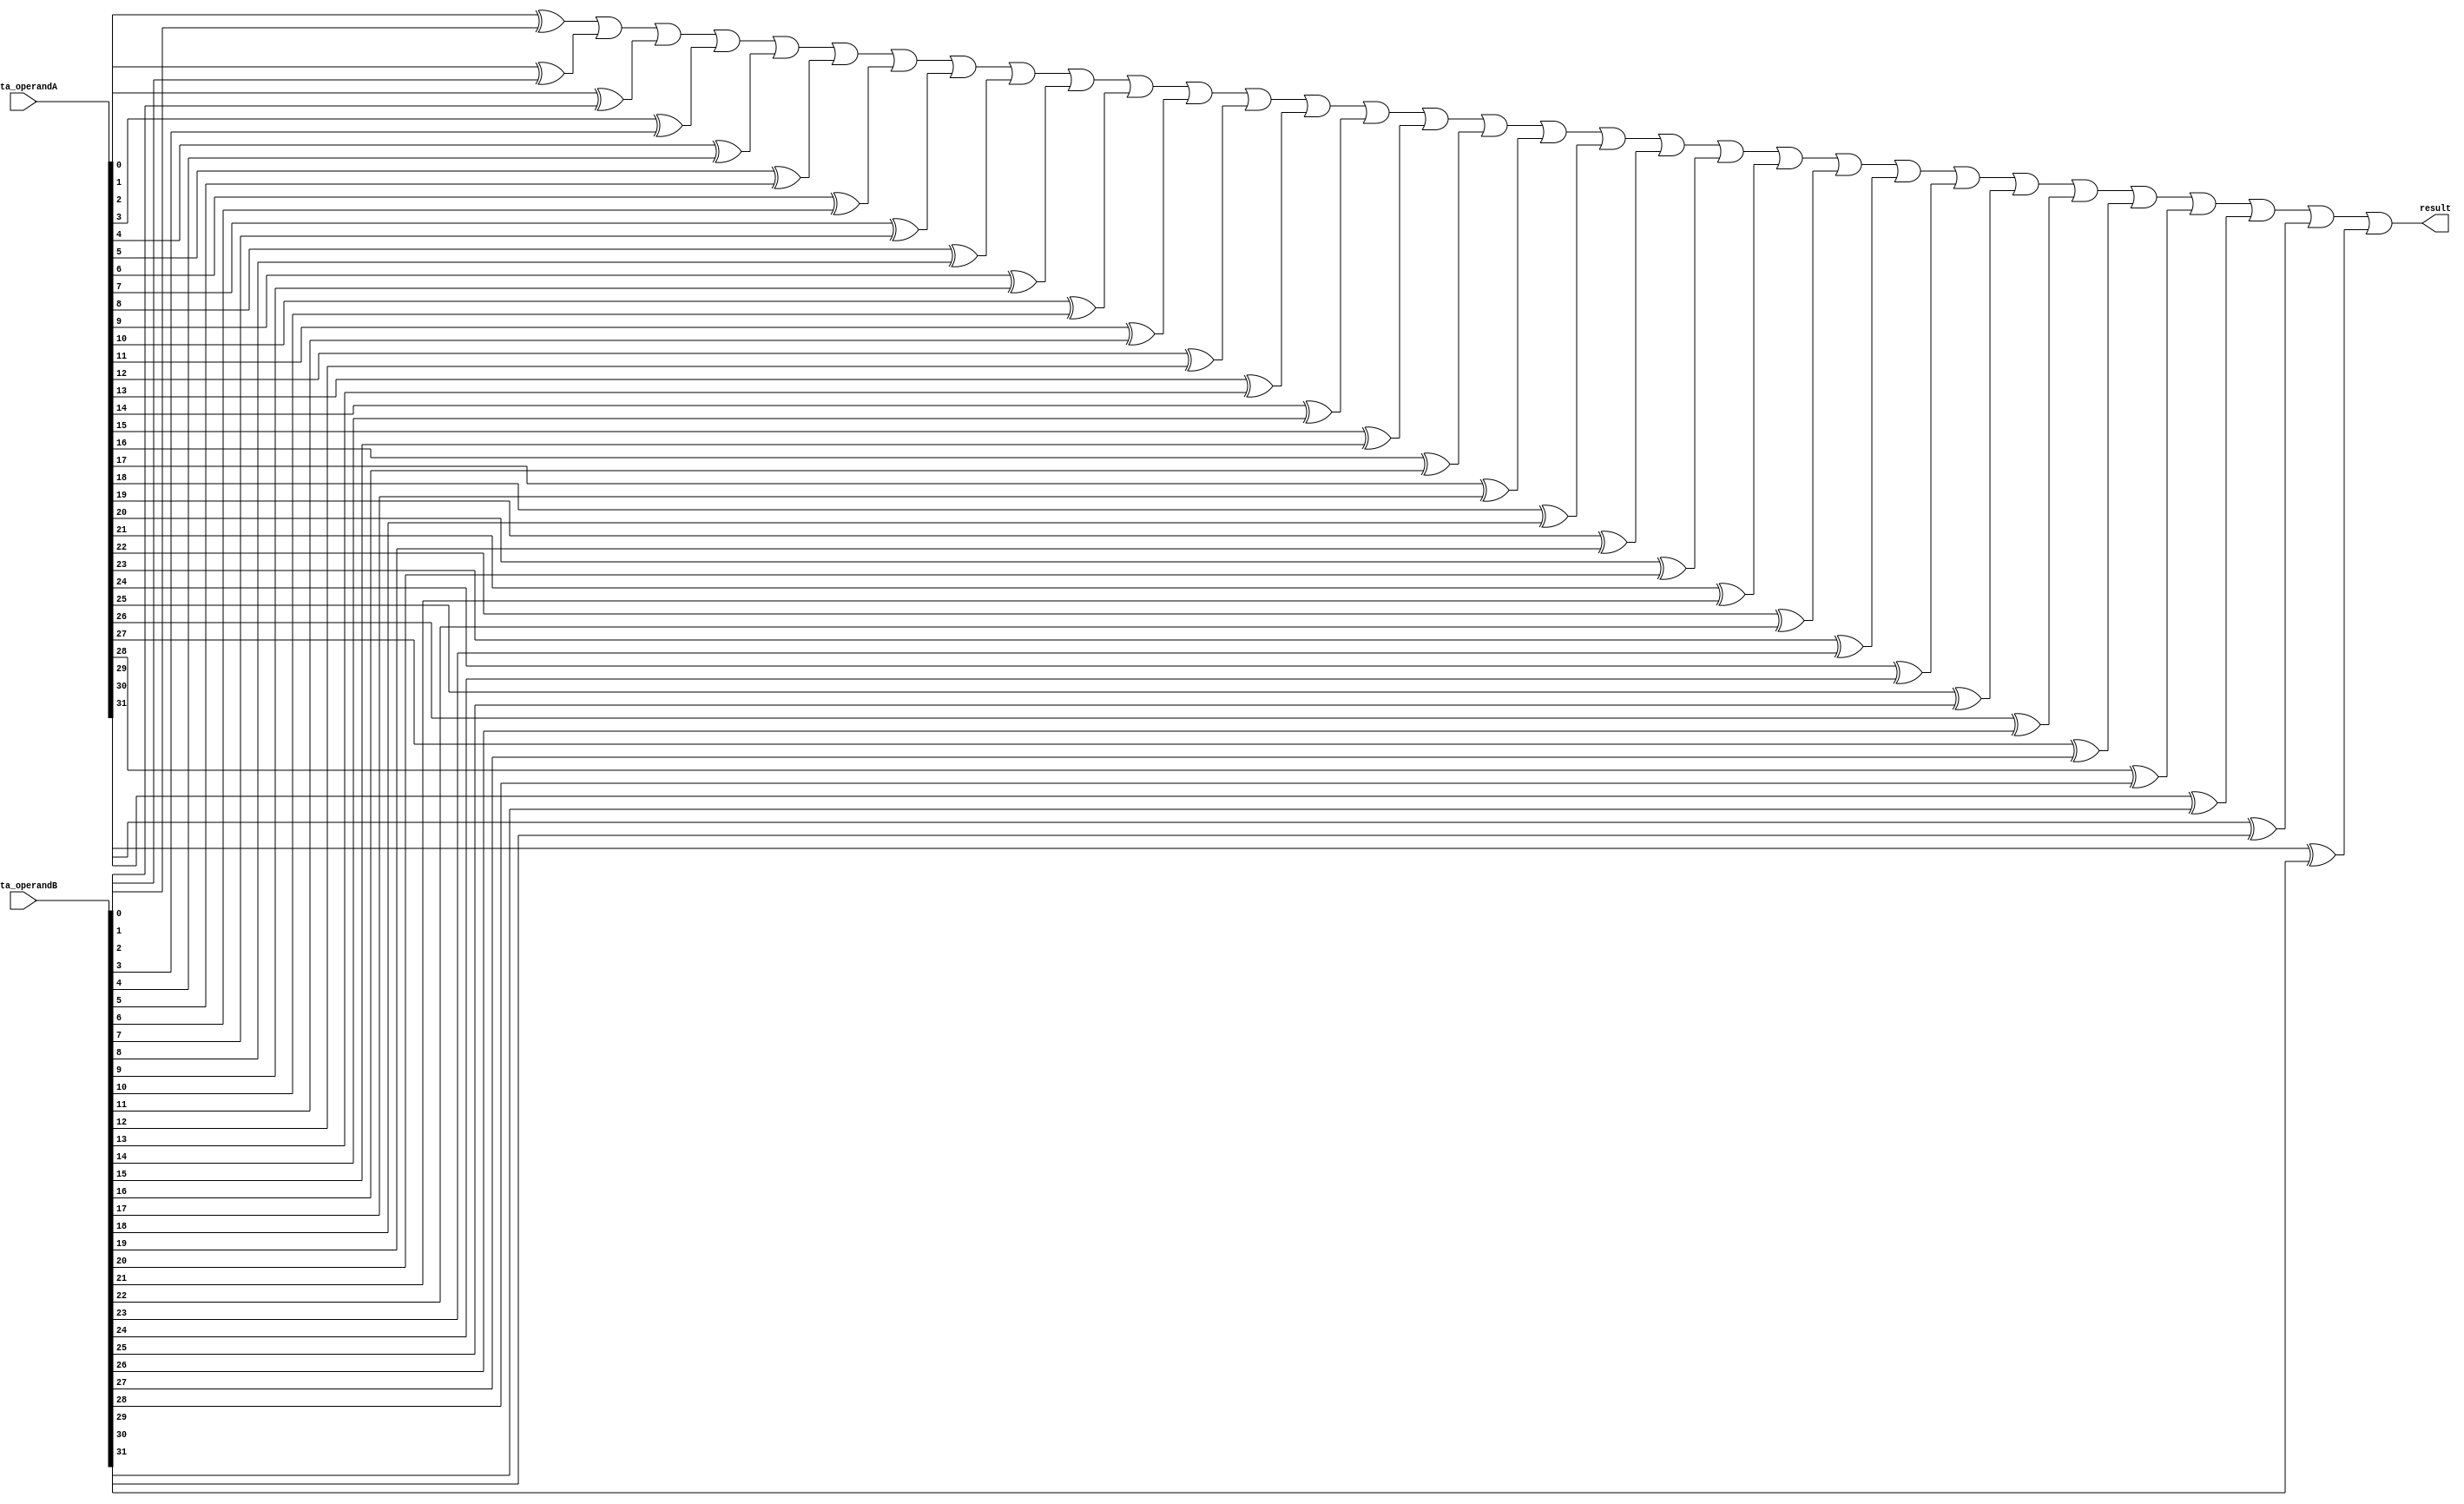
module not_equal(result, data_operandA, data_operandB);

	input [31:0] data_operandA, data_operandB;

	wire[31:0] temp;
	output result;

	wire w1;
	assign w1 = 0;

	genvar i;
  	generate
    	for (i = 0 ; i < 32; i = i+1)
    	begin : gen_loop
        	xor XOR1(temp[i], data_operandA[i], data_operandB[i]);
    	end
  	endgenerate

	 or OR1(result, temp[0], temp[1], temp[2], temp[3], temp[4], temp[5],
			temp[6], temp[7], temp[8], temp[9], temp[10], temp[11], temp[12],
			temp[13], temp[14], temp[15], temp[16], temp[17], temp[18], temp[19],
			temp[20], temp[21], temp[22], temp[23], temp[24], temp[25], temp[26],
			temp[27], temp[28], temp[29], temp[30], temp[31]);


endmodule